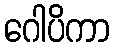
ဂေါပိကာ